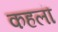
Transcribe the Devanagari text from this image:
कहलॊ